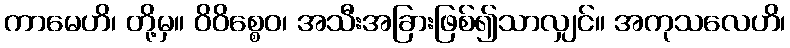
ကာမေဟိ၊ တို့မှ။ ဝိဝိစ္စေဝ၊ အသီးအခြားဖြစ်၍သာလျှင်။ အကုသလေဟိ၊